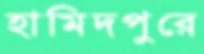
হামিদপুরে